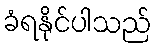
ခံရနိုင်ပါသည်